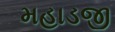
મહાડજી